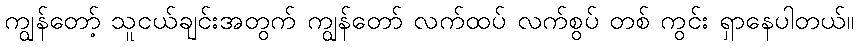
ကျွန်တော့် သူငယ်ချင်းအတွက် ကျွန်တော် လက်ထပ် လက်စွပ် တစ် ကွင်း ရှာနေပါတယ်။